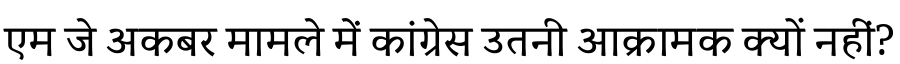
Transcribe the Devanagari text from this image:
एम जे अकबर मामले में कांग्रेस उतनी आक्रामक क्यों नहीं?